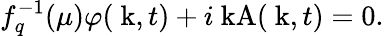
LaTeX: f_{q}^{-1}(\mu)\varphi(\mathrm{\mathbf~k},t)+i\mathrm{\mathbf~kA}(\mathrm{\mathbf~k},t)=0.